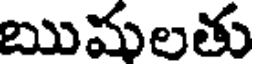
ఋమలతు